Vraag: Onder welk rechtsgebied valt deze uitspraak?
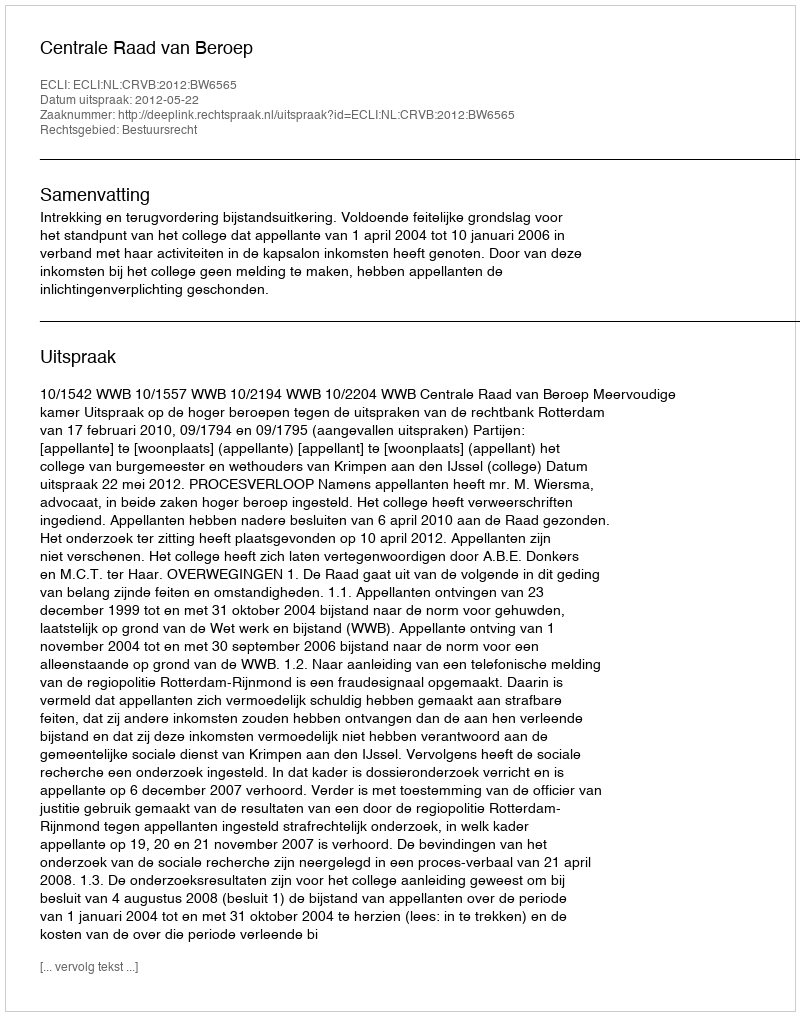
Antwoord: Bestuursrecht